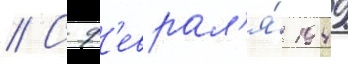
// С ф'еврал'я́ 1949